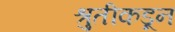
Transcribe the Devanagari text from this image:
श्रुतीकडून